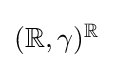
\textstyle (\mathbb {R} ,\gamma )^{\mathbb {R} }